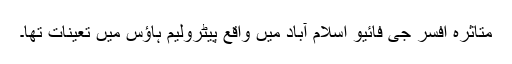
متاثرہ افسر جی فائیو اسلام آباد میں واقع پیٹرولیم ہاؤس میں تعینات تھا۔